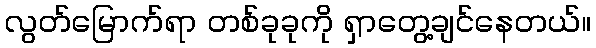
လွတ်မြောက်ရာ တစ်ခုခုကို ရှာတွေ့ချင်နေတယ်။